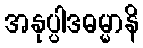
အနုပ္ပါဒဓမ္မာနိ